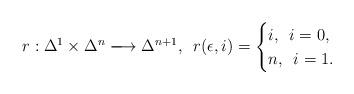
LaTeX: \begin{align*} r: \Delta^1 \times \Delta^n \xlongrightarrow{} \Delta^{n+1}, \enspace r(\epsilon,i)=\begin{cases} i, \enspace i=0,\\ n, \enspace i=1. \end{cases} \end{align*}